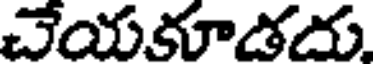
చేయకూడదు